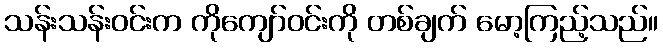
သန်းသန်းဝင်းက ကိုကျော်ဝင်းကို တစ်ချက် မော့ကြည့်သည်။